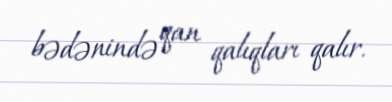
bədənində qan qalıqları qalır.